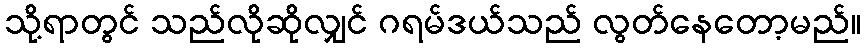
သို့ရာတွင် သည်လိုဆိုလျှင် ဂရမ်ဒယ်သည် လွတ်နေတော့မည်။